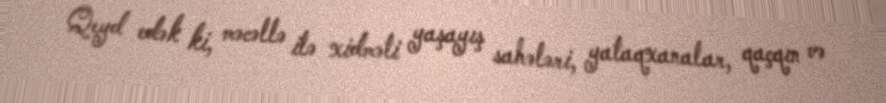
Qeyd edək ki, məcəllə ilə xidməti yaşayış sahələri, yataqxanalar, qaçqın və